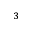
^ 3